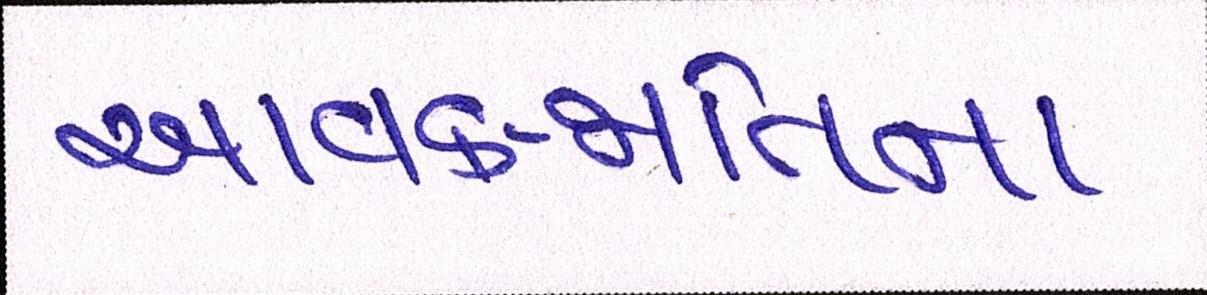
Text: આવક-જાતિના